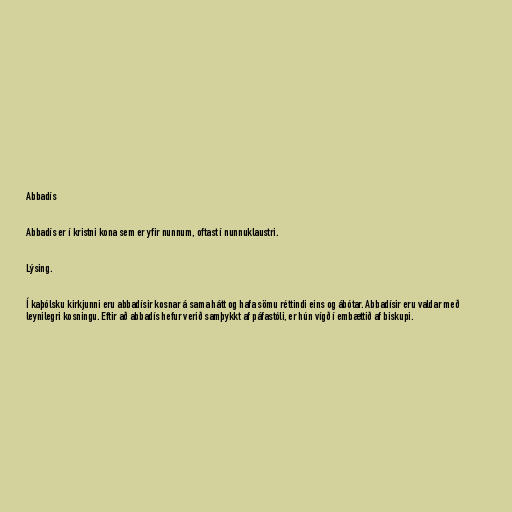
Abbadís

Abbadís er í kristni kona sem er yfir nunnum, oftast í nunnuklaustri.

Lýsing.

Í kaþólsku kirkjunni eru abbadísir kosnar á sama hátt og hafa sömu réttindi eins og ábótar. Abbadísir eru valdar með
leynilegri kosningu. Eftir að abbadís hefur verið samþykkt af páfastóli, er hún vígð í embættið af biskupi.